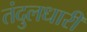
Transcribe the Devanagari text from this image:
तंदुलधारी